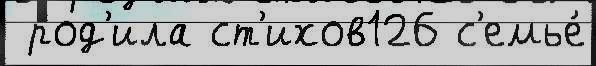
 род'ила ст'ихов126 с'емье́